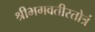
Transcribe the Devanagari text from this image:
श्रीभगवतीस्तोत्रं